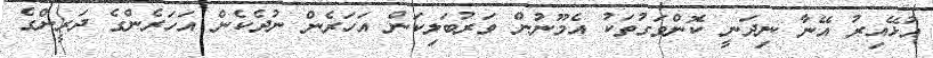
އުޅޭއިރު އޭނާ ނިދަނީ ކޮންވަގުތަކު އެމޫނުން ވަރުބަލިކަން އަހަރެން ނުދެކެން އަހަރެންގެ ދަރީންގެ